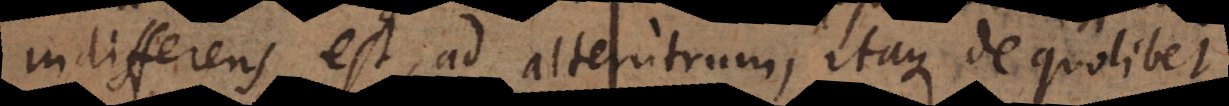
indifferens est ad alterutrum, itaque de quolibet